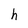
Character: h